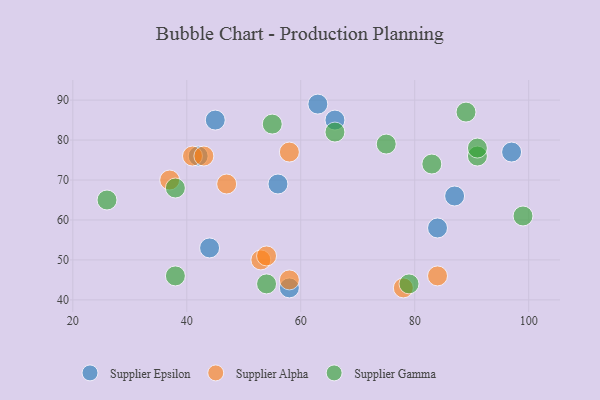
{"axis": {"x": "GDP", "y": "Life Expectancy"}, "legend": ["Supplier Alpha", "Supplier Epsilon", "Supplier Gamma"], "data": [{"x": "84", "y": 58, "type": "Supplier Epsilon"}, {"x": "66", "y": 85, "type": "Supplier Epsilon"}, {"x": "45", "y": 85, "type": "Supplier Epsilon"}, {"x": "58", "y": 43, "type": "Supplier Epsilon"}, {"x": "97", "y": 77, "type": "Supplier Epsilon"}, {"x": "87", "y": 66, "type": "Supplier Epsilon"}, {"x": "56", "y": 69, "type": "Supplier Epsilon"}, {"x": "44", "y": 53, "type": "Supplier Epsilon"}, {"x": "63", "y": 89, "type": "Supplier Epsilon"}, {"x": "42", "y": 76, "type": "Supplier Epsilon"}, {"x": "53", "y": 50, "type": "Supplier Alpha"}, {"x": "41", "y": 76, "type": "Supplier Alpha"}, {"x": "47", "y": 69, "type": "Supplier Alpha"}, {"x": "78", "y": 43, "type": "Supplier Alpha"}, {"x": "58", "y": 45, "type": "Supplier Alpha"}, {"x": "54", "y": 51, "type": "Supplier Alpha"}, {"x": "84", "y": 46, "type": "Supplier Alpha"}, {"x": "58", "y": 77, "type": "Supplier Alpha"}, {"x": "43", "y": 76, "type": "Supplier Alpha"}, {"x": "37", "y": 70, "type": "Supplier Alpha"}, {"x": "54", "y": 44, "type": "Supplier Gamma"}, {"x": "91", "y": 76, "type": "Supplier Gamma"}, {"x": "79", "y": 44, "type": "Supplier Gamma"}, {"x": "66", "y": 82, "type": "Supplier Gamma"}, {"x": "38", "y": 68, "type": "Supplier Gamma"}, {"x": "91", "y": 78, "type": "Supplier Gamma"}, {"x": "26", "y": 65, "type": "Supplier Gamma"}, {"x": "99", "y": 61, "type": "Supplier Gamma"}, {"x": "83", "y": 74, "type": "Supplier Gamma"}, {"x": "75", "y": 79, "type": "Supplier Gamma"}, {"x": "89", "y": 87, "type": "Supplier Gamma"}, {"x": "55", "y": 84, "type": "Supplier Gamma"}, {"x": "38", "y": 46, "type": "Supplier Gamma"}]}